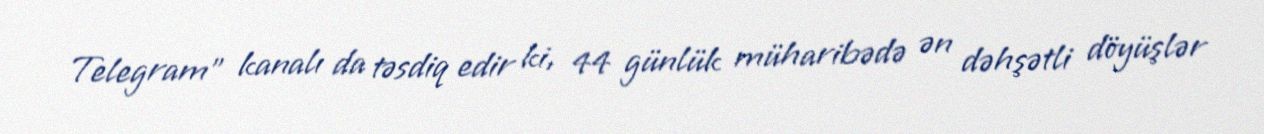
Telegram" kanalı da təsdiq edir ki, 44 günlük müharibədə ən dəhşətli döyüşlər